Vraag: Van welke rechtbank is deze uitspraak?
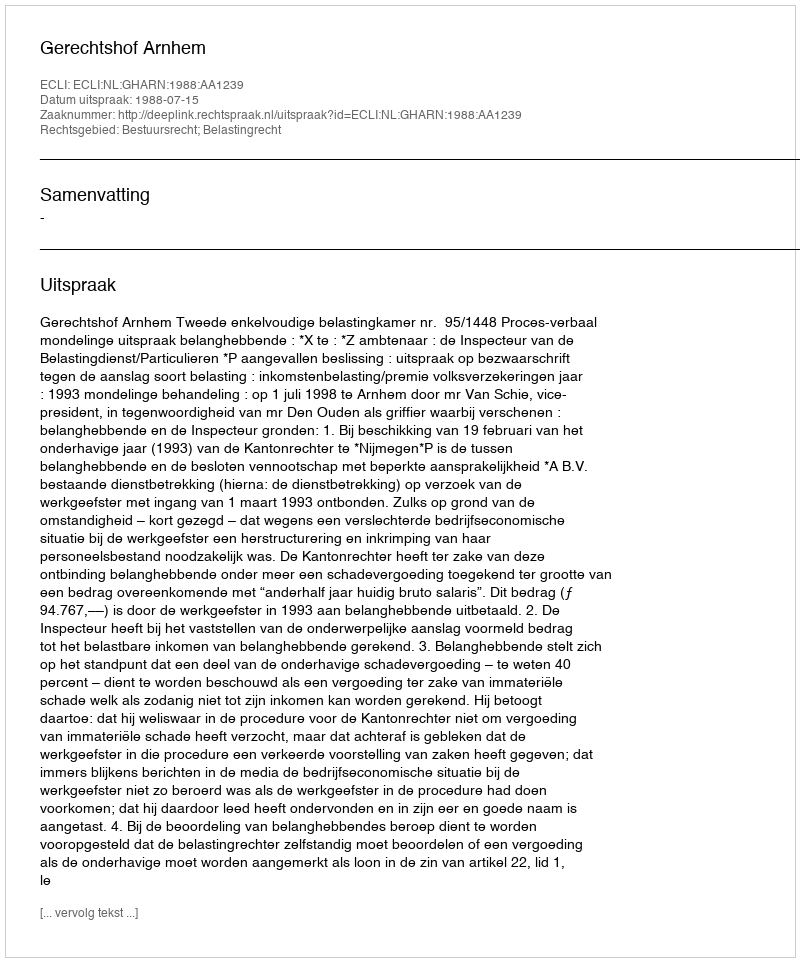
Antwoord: Gerechtshof Arnhem